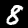
Digit: 8